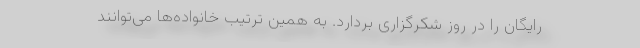
رایگان را در روز شکرگزاری بردارد. به همین ترتیب خانواده‌ها می‌توانند